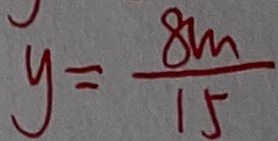
y = \frac { 8 m } { 1 5 }